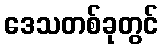
ဒေသတစ်ခုတွင်